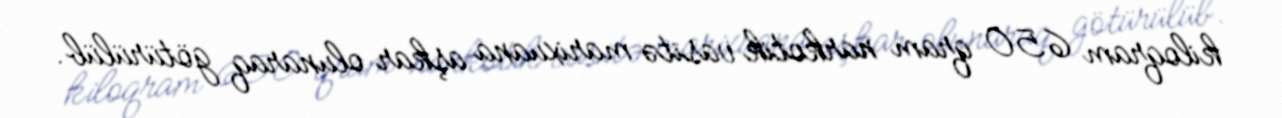
kiloqram 650 qram narkotik vasitə marixuana aşkar olunaraq götürülüb.